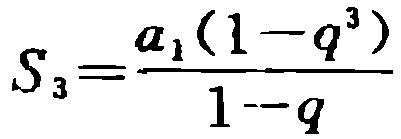
\[S_{3}=\frac{a_{1}(1 - q^{3})}{1 - q}\]